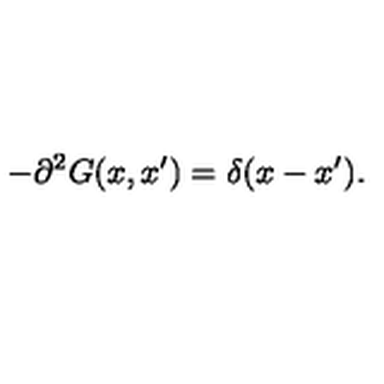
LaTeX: - \partial ^ { 2 } G ( x , x ^ { \prime } ) = \delta ( x - x ^ { \prime } ) .